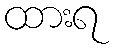
ထားရ